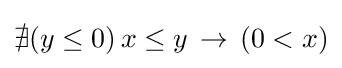
\nexists (y\leq 0)\,x\leq y\,\to \,(0<x)